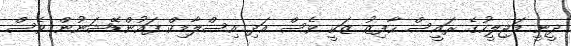
ދީނީ މަޖިލީހުގެ ރައީސް ހާފިޒު ޒަކީ ވެސް އަދި އިސްލާމިކް ފައުންޑޭޝަނުން ވެސް